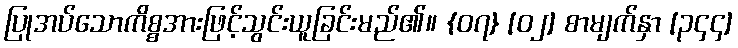
ပြုအပ်သောကိစ္စအားဖြင့်သွင်းယူခြင်းမည်၏။ {၀၇} [၀၂] စာမျက်နှာ [၃၄၄]